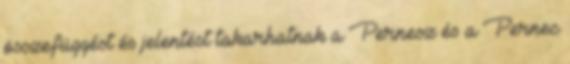
összefüggést és jelentést takarhatnak a Pernesz és a Pernec